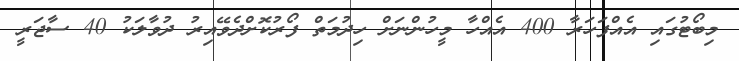
މިބޯޓުގައި އެއްފަހަރާ 400 އެއްހާ މީހުންނަށް ހިދުމަތް ފޯރުކޮށްދެވޭއިރު ދުވާލަކު 40 ސާޖަރީ